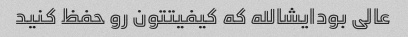
عالی بودایشالله که کیفیتتون رو حفظ کنید